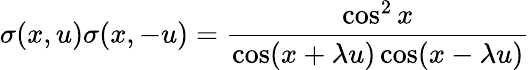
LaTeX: \sigma(x,u)\sigma(x,-u)=\frac{\cos^{2}x}{\cos(x+\lambda u)\cos(x-\lambda u)}